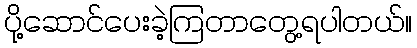
ပို့ဆောင်ပေးခဲ့ကြတာတွေ့ရပါတယ်။